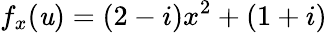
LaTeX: f_{x}(\mathit{u})=(2-i)x^{2}+(1+i)